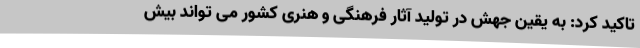
تاکید کرد: به یقین جهش در تولید آثار فرهنگی و هنری کشور می تواند بیش